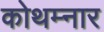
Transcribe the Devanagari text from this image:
कोथम्नार